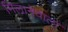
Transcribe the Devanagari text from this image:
मिलानेवाला